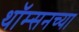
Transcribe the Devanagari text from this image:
थॉम्सनच्या